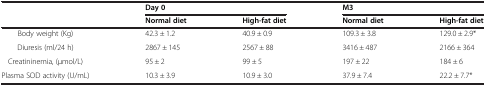
|  | <COLSPAN=2> Day 0 | <COLSPAN=2> M3 |
 |  | Normal diet | High-fat diet | Normal diet | High-fat diet |
 | --- | --- | --- | --- | --- |
 | Body weight (Kg) | 42.3 ± 1.2 | 40.9 ± 0.9 | 109.3 ± 3.8 | 129.0 ± 2.9* |
 | Diuresis (ml/24 h) | 2867 ± 145 | 2567 ± 88 | 3416 ± 487 | 2166 ± 364 |
 | Creatininemia, (μmol/L) | 95 ± 2 | 99 ± 5 | 197 ± 22 | 184 ± 6 |
 | Plasma SOD activity (U/mL) | 10.3 ± 3.9 | 10.9 ± 3.0 | 37.9 ± 7.4 | 22.2 ± 7.7* |